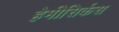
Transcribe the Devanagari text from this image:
हेमीसिर्कस